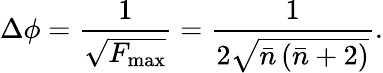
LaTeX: \Delta\phi=\frac{1}{\sqrt{F_{\operatorname*{max}}}}=\frac{1}{2\sqrt{\bar{n}\left(\bar{n}+2\right)}}.